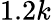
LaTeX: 1.2k